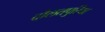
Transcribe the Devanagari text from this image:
दौलतपुरिया